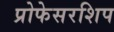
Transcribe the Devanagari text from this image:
प्रोफेसरशिप